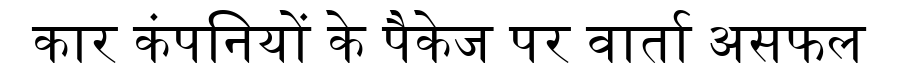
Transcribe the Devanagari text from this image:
कार कंपनियों के पैकेज पर वार्ता असफल